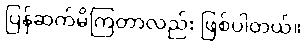
ပြန်ဆက်မိကြတာလည်း ဖြစ်ပါတယ်။